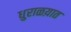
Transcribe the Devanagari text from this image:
धुराळय़ात